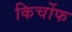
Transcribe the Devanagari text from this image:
किर्चोफ